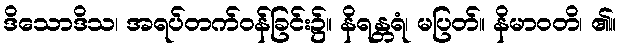
ဒိသောဒိသ၊ အရပ်တက်ဝန်ခြင်း၌။ နိရန္တရံ၊ မပြတ်။ နိမာဝတိ၊ ၏။